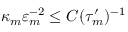
\kappa _ { m } \varepsilon _ { m } ^ { - 2 } \leq C ( \tau _ { m } ^ { \prime } ) ^ { - 1 }